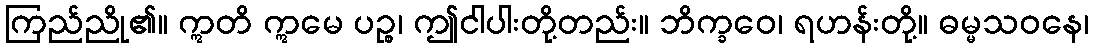
ကြည်ညို၏။ ဣတိ ဣမေ ပဉ္စ၊ ဤငါပါးတို့တည်း။ ဘိက္ခဝေ၊ ရဟန်းတို့။ ဓမ္မသဝနေ၊